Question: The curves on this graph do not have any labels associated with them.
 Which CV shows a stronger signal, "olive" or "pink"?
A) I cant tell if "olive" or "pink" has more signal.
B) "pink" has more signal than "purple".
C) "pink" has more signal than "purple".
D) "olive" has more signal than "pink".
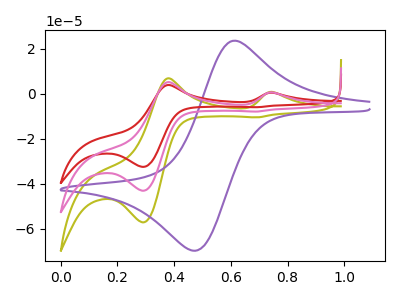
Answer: <think>The olive curve "olive" has anodic peaks at (0.75V, 0.75uA) (0.40V, 6.85uA) and cathodic peaks at (0.30V, -57.05uA) (0.70V, -10.45uA). The purple curve "purple" has an anodic peak at (0.60V, 23.50uA) and a cathodic peak at (0.45V, -69.65uA). The red curve "red" has anodic peaks at (0.75V, 1.15uA) (0.40V, 10.35uA) and cathodic peaks at (0.30V, -86.05uA) (0.70V, -15.75uA). The pink curve "pink" has anodic peaks at (0.75V, 0.55uA) (0.40V, 5.15uA) and cathodic peaks at (0.30V, -43.00uA) (0.70V, -7.90uA).
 All the peaks in "olive" have a peak in "pink" at the same potential. Every peak in "olive" is higher than every peak in "pink".</think>
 <answer>D) "olive" has more signal than "pink".</answer>
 <eval>D</eval>